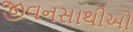
જીવનસાથીઓ